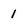
Character: 1